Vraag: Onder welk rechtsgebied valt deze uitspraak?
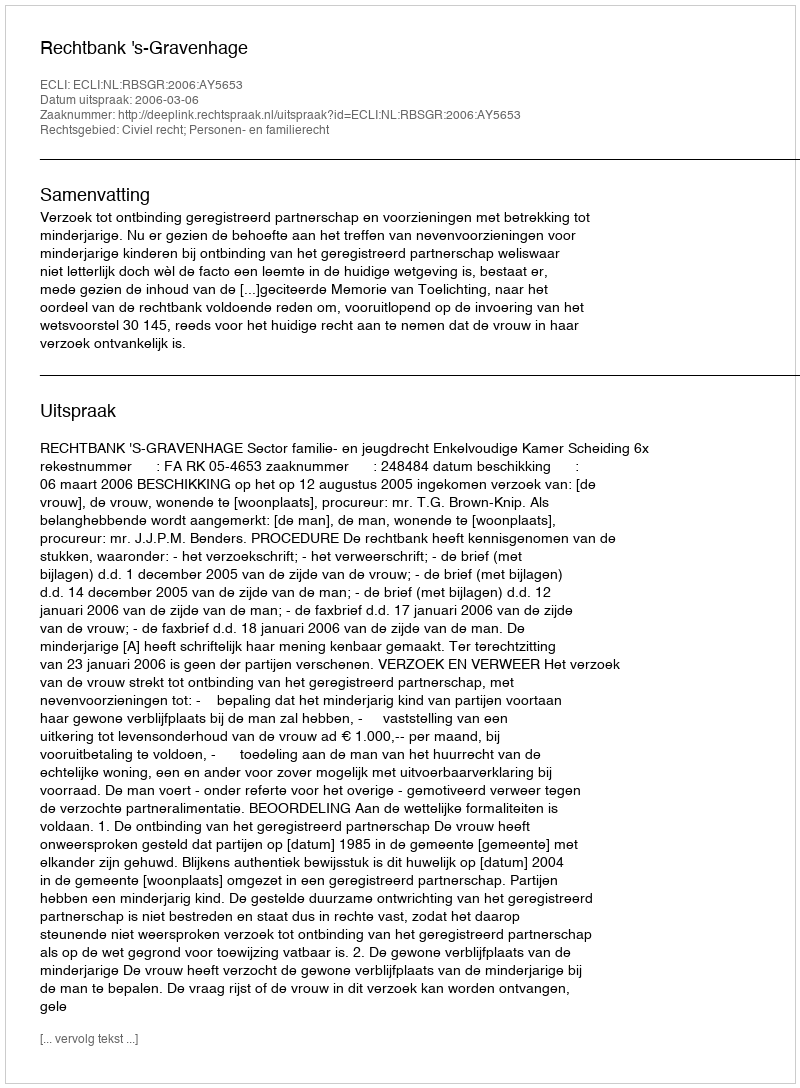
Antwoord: Civiel recht; Personen- en familierecht